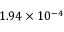
1 . 9 4 \times 1 0 ^ { - 4 }